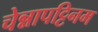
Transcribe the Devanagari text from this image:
चेन्नापट्टिनम